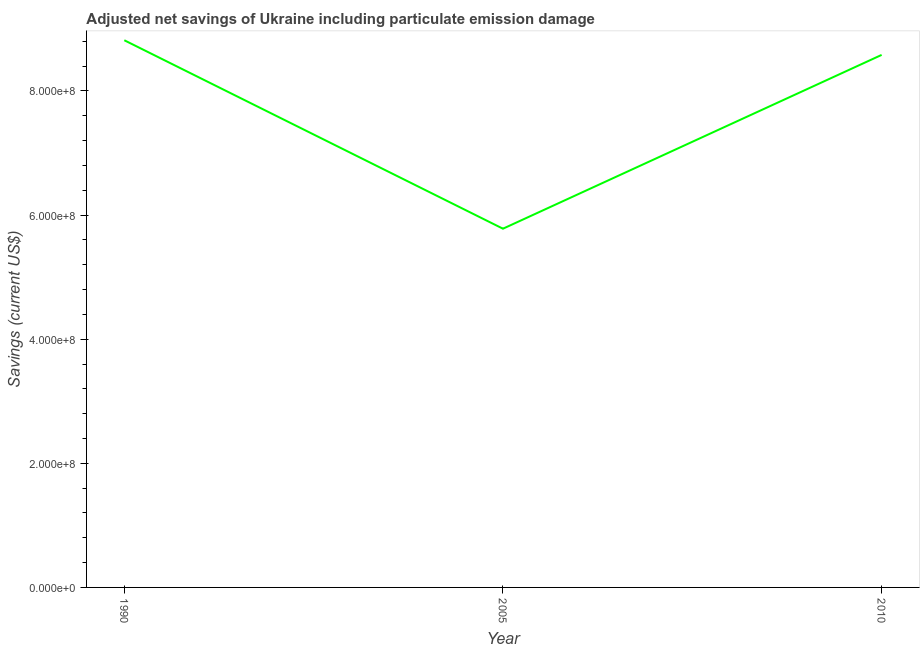
| Year | Adjusted savings: particulate emission damage (current US$) |
 | --- | --- |
 | 1990 | 8.82e+08 |
 | 2005 | 5.78e+08 |
 | 2010 | 8.58e+08 |